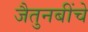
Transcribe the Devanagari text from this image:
जैतुनबींचे